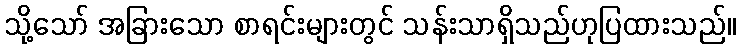
သို့သော် အခြားသော စာရင်းများတွင် သန်းသာရှိသည်ဟုပြထားသည်။